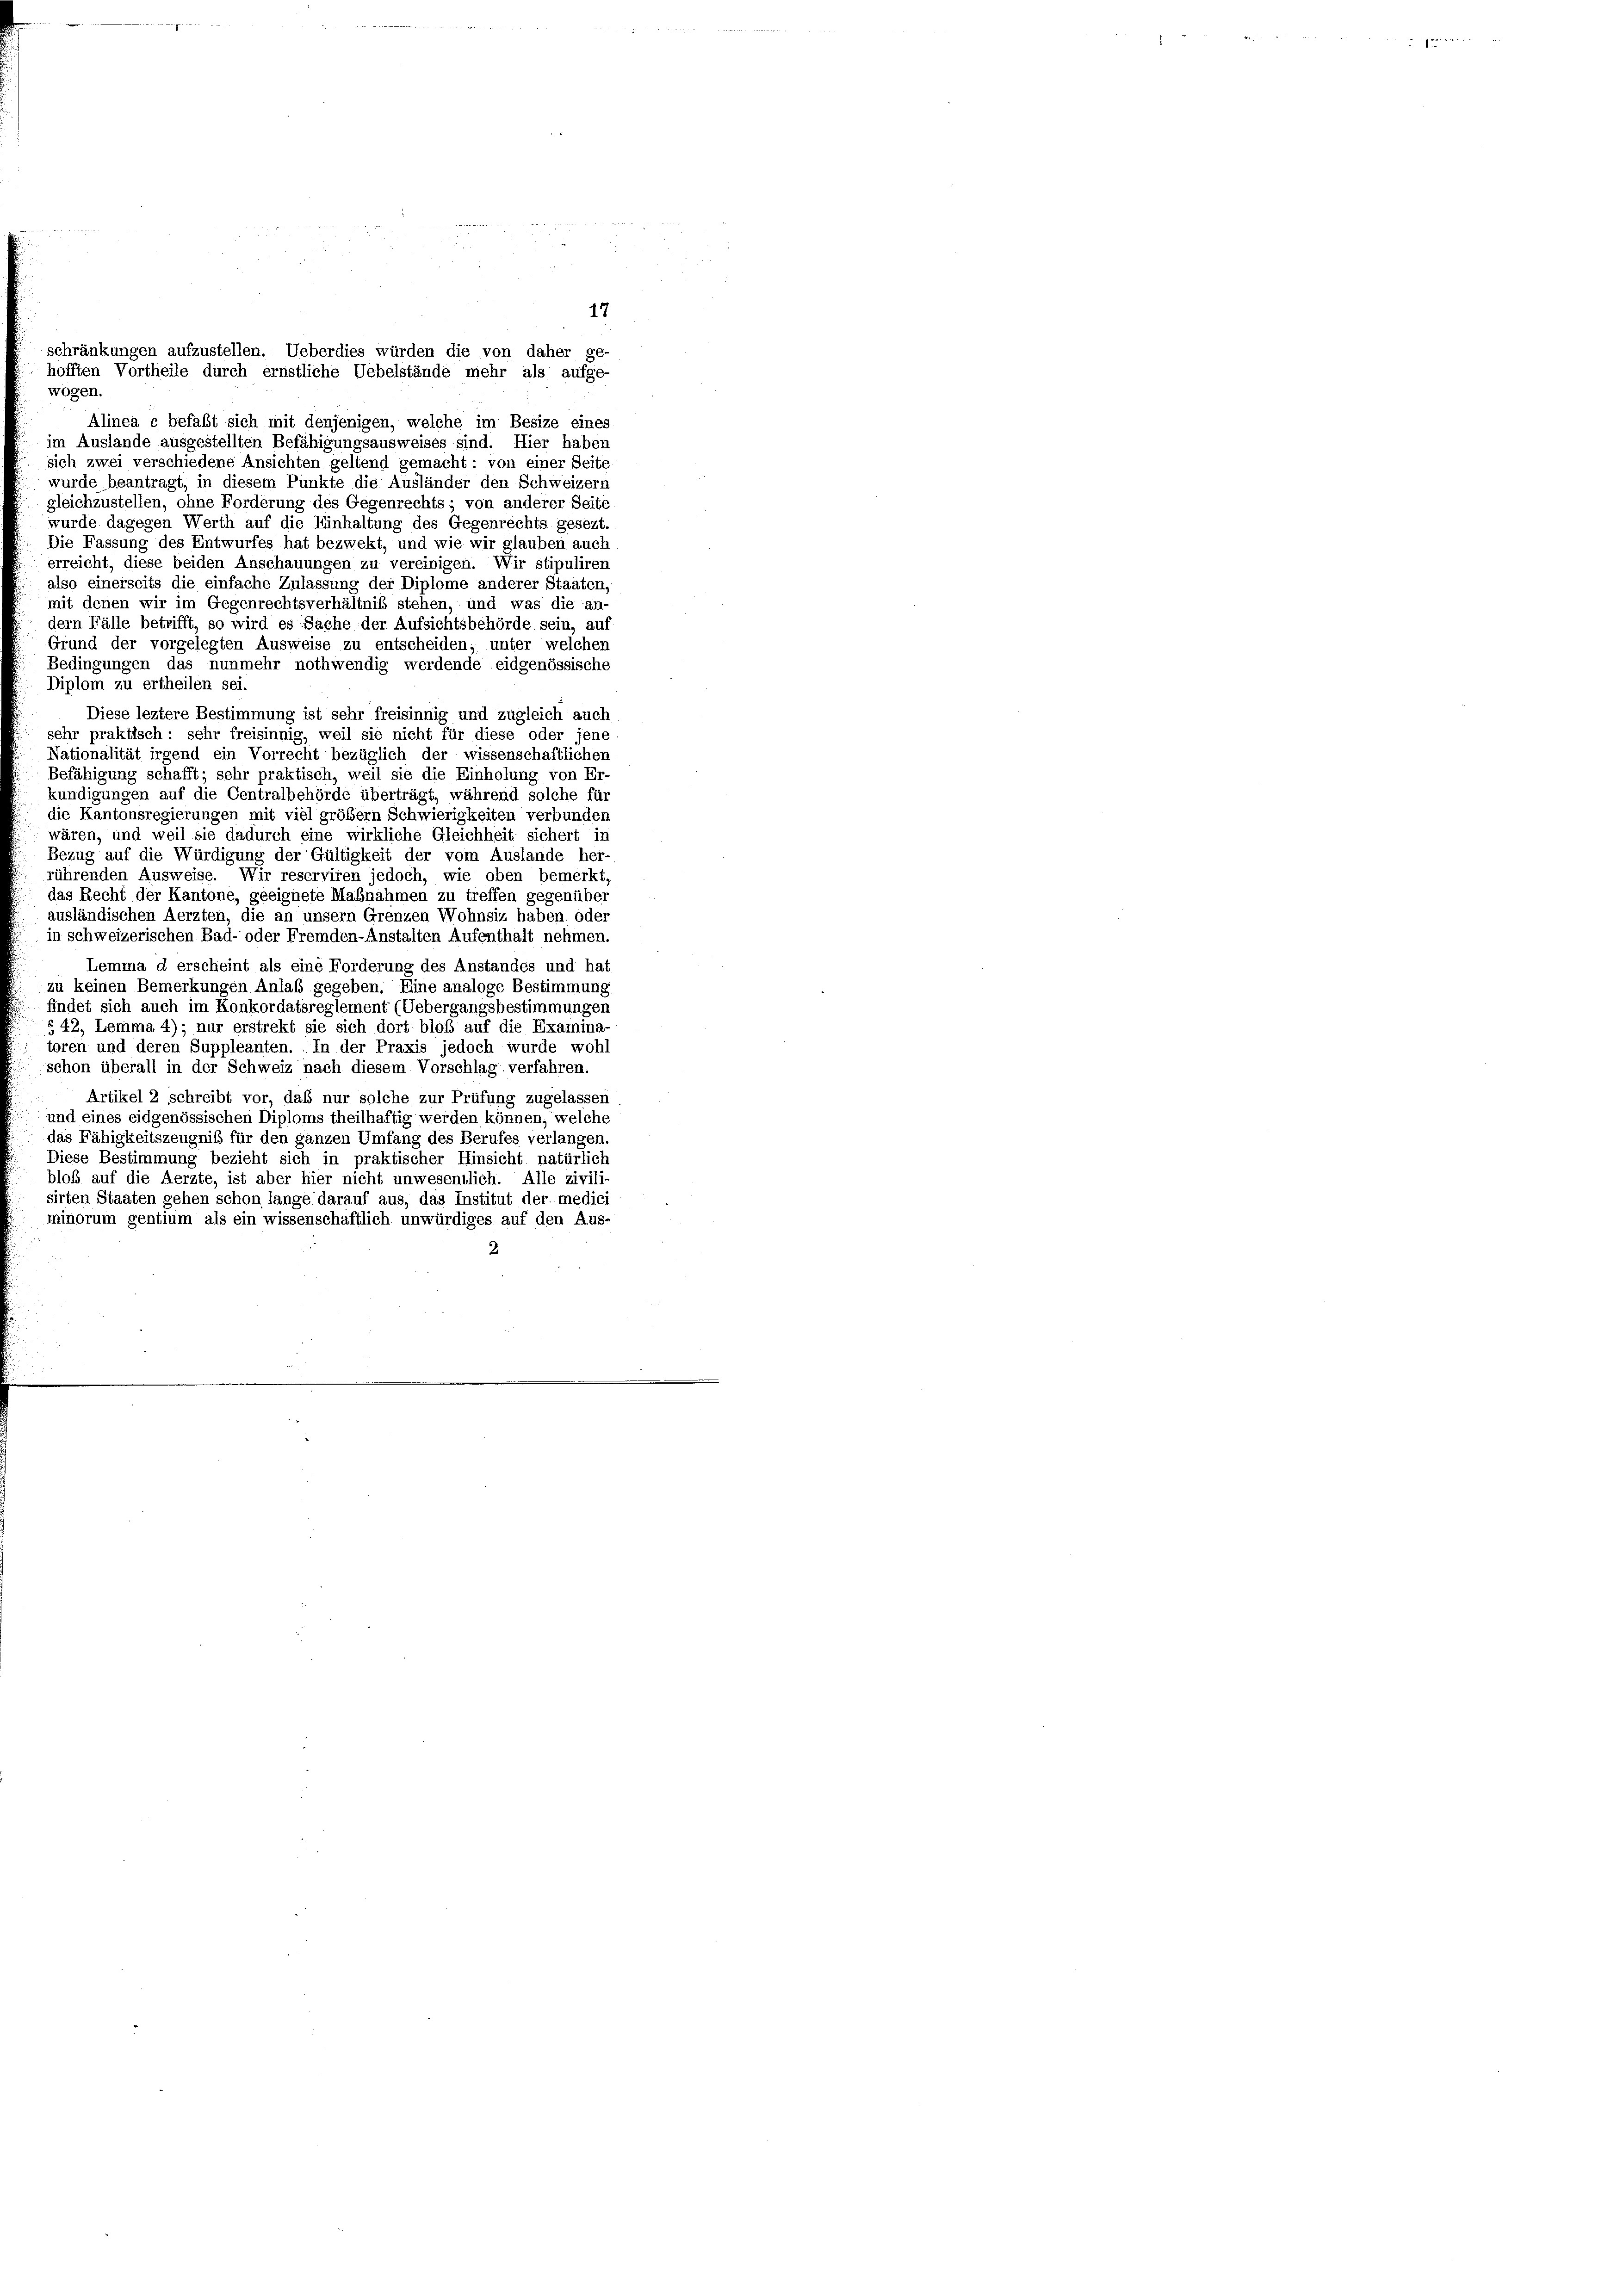
wogen.
Alinea c befaßt sich mit denjenigen, welche im Besize eines
im Auslande ausgestellten Befähigungsausweises sind. Hier haben
sich zwei verschiedene Ansichten geltend gemacht: von einer Seite
wurde beantragt, in diesem Punkte die Ausländer den Schweizern
gleichzustellen, ohne Forderung des Gegenrechts; von anderer Seite
wurde dagegen Werth auf die Einhaltung des Gegenrechts gesezt.
Die Fassung des Entwurfes hat bezwekt, und wie wir glauben auch
erreicht, diese beiden Anschauungen zu vereinigen. Wir stipuliren
also einerseits die einfache Zulassung der Diplome anderer Staaten,
mit denen wir im Gegenrechtsverhältniß stehen, und was die an-
dern Fälle betrifft, so wird es Sache der Aufsichtsbehörde sein, auf
Grund der vorgelegten Ausweise zu entscheiden; unter welchen
Bedingungen das nunmehr nothwendig werdende eidgenössische
Diplom zu ertheilen sei.
Diese leztere Bestimmung ist sehr freisinnig und zugleich auch
sehr praktisch: sehr freisinnig, weil sie nicht für diese oder jene
Nationalität irgend ein Vorrecht bezüglich der wissenschaftlichen
Befähigung schafft; sehr praktisch, weil sie die Einholung von Er
kundigungen auf die Centralbehörde überträgt, während solche für
die Kantonsregierungen mit viel größer Schwierigkeiten verbunden
wären, und weil sie dadurch eine wirkliche Gleichheit sichert in
Bezug auf die Würdigung der Gültigkeit der vom Auslande her-
rührenden Ausweise. Wir reserviren jedoch, wie oben bemerkt,
das Recht der Kantone, geeignete Maßnahmen zu treffen gegenüber
ausländischen Aerzten, die an unsern Grenzen Wohnsiz haben oder
in schweizerischen Bad- oder Fremden-Anstalten Aufenthalt nehmen.
Lemma d erscheint als eine Forderung des Anstandes und hat
zu keinen Bemerkungen Anlaß gegeben. Eine analoge Bestimmung
findet sich auch im Konkordatsreglement (Uebergangsbestimmungen
§ 42, Lemma 4); nur erstrekt sie sich dort bloß auf die Examina-
toren und deren Suppleanten. In der Praxis jedoch wurde wohl
schon überall in der Schweiz nach diesem Vorschlag verfahren.
Artikel 2 schreibt vor, daß nur solche zur Prüfung zugelassen
und eines eidgenössischen Diploms theilhaftig werden können, welche
das Fähigkeitszeugniß für den ganzen Umfang des Berufes verlangen.
Diese Bestimmung bezieht sich in praktischer Hinsicht natürlich
bloß auf die Aerzte, ist aber hier nicht unwesentlich. Alle zivili-
sirten Staaten gehen schon lange darauf aus, das Institut der medici
minorum gentium als ein wissenschaftlich unwürdiges auf den Aus

schränkungen aufzustellen. Ueberdies würden die von daher ge-
hofften Vortheile durch ernstliche Uebelstände mehr als aufge-

17